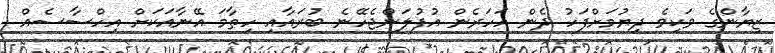
ޒިޔާންގެ ވަކިވެ ދިޔުމަށްފަހު ދެން އަހަރެން އުފުލަންޖެހޭނެ ބުރައާއި ހިތާމަ އޭނާއަކަށް އިހްސާސެއް